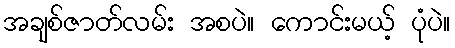
အချစ်ဇာတ်လမ်း အစပဲ။ ကောင်းမယ့် ပုံပဲ။